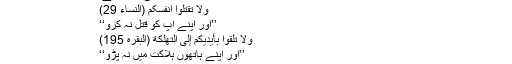
اللہ تعالیٰ فرماتا ہے:
وَلَا تَقْتُلُوْا اَنْفُسَکُمْ (النساء 29)
’’اور اپنے آپ کو قتل نہ کرو‘‘
وَلَا تُلْقُوا بِأَيْدِيكُمْ إِلَى التَّهْلُكَةِ (البقرہ 195)
’’اور اپنے ہاتھوں ہلاکت میں نہ پڑو‘‘
اسی لیے بے عقل یتیموں کو مال دینا منع فرمایا کہیں وہ اس کو ضائع نہ کر دیں ۔